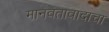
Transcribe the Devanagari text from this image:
मानवतावादाचा